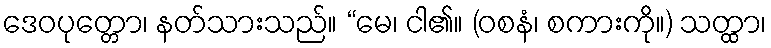
ဒေဝပုတ္တော၊ နတ်သားသည်။ “မေ၊ ငါ၏။ (ဝစနံ၊ စကားကို။) သတ္ထာ၊